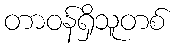
တာဝန်ရှိသူတစ်